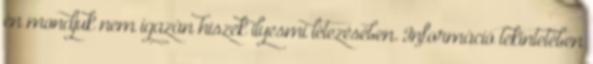
én mondjuk nem igazán hiszek ilyesmi létezésében. Információ tekintetében